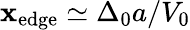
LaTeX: \mathbf{x}_{\mathrm{{{edge}}}}\simeq\Delta_{0}a/V_{0}